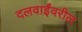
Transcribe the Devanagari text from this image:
दलवाईंवरील